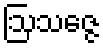
ဩသဇ္ဇေ